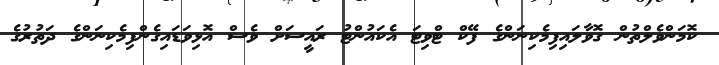
ކޮމަންވެލްތުން ގޮވާލައިފިމެކިނަންގެ ފޭކް ޓްވިޓަ އެކައުންޓު ރައީސަށް ވެސް އޮޅިވަޑައިގެންފިމެކިނަންގެ ދަތުރުގެ